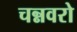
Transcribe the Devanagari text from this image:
चन्नवरो